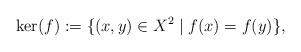
LaTeX: \begin{align*}\ker(f) := \{(x, y) \in X^2 \mid f(x) = f(y)\},\end{align*}